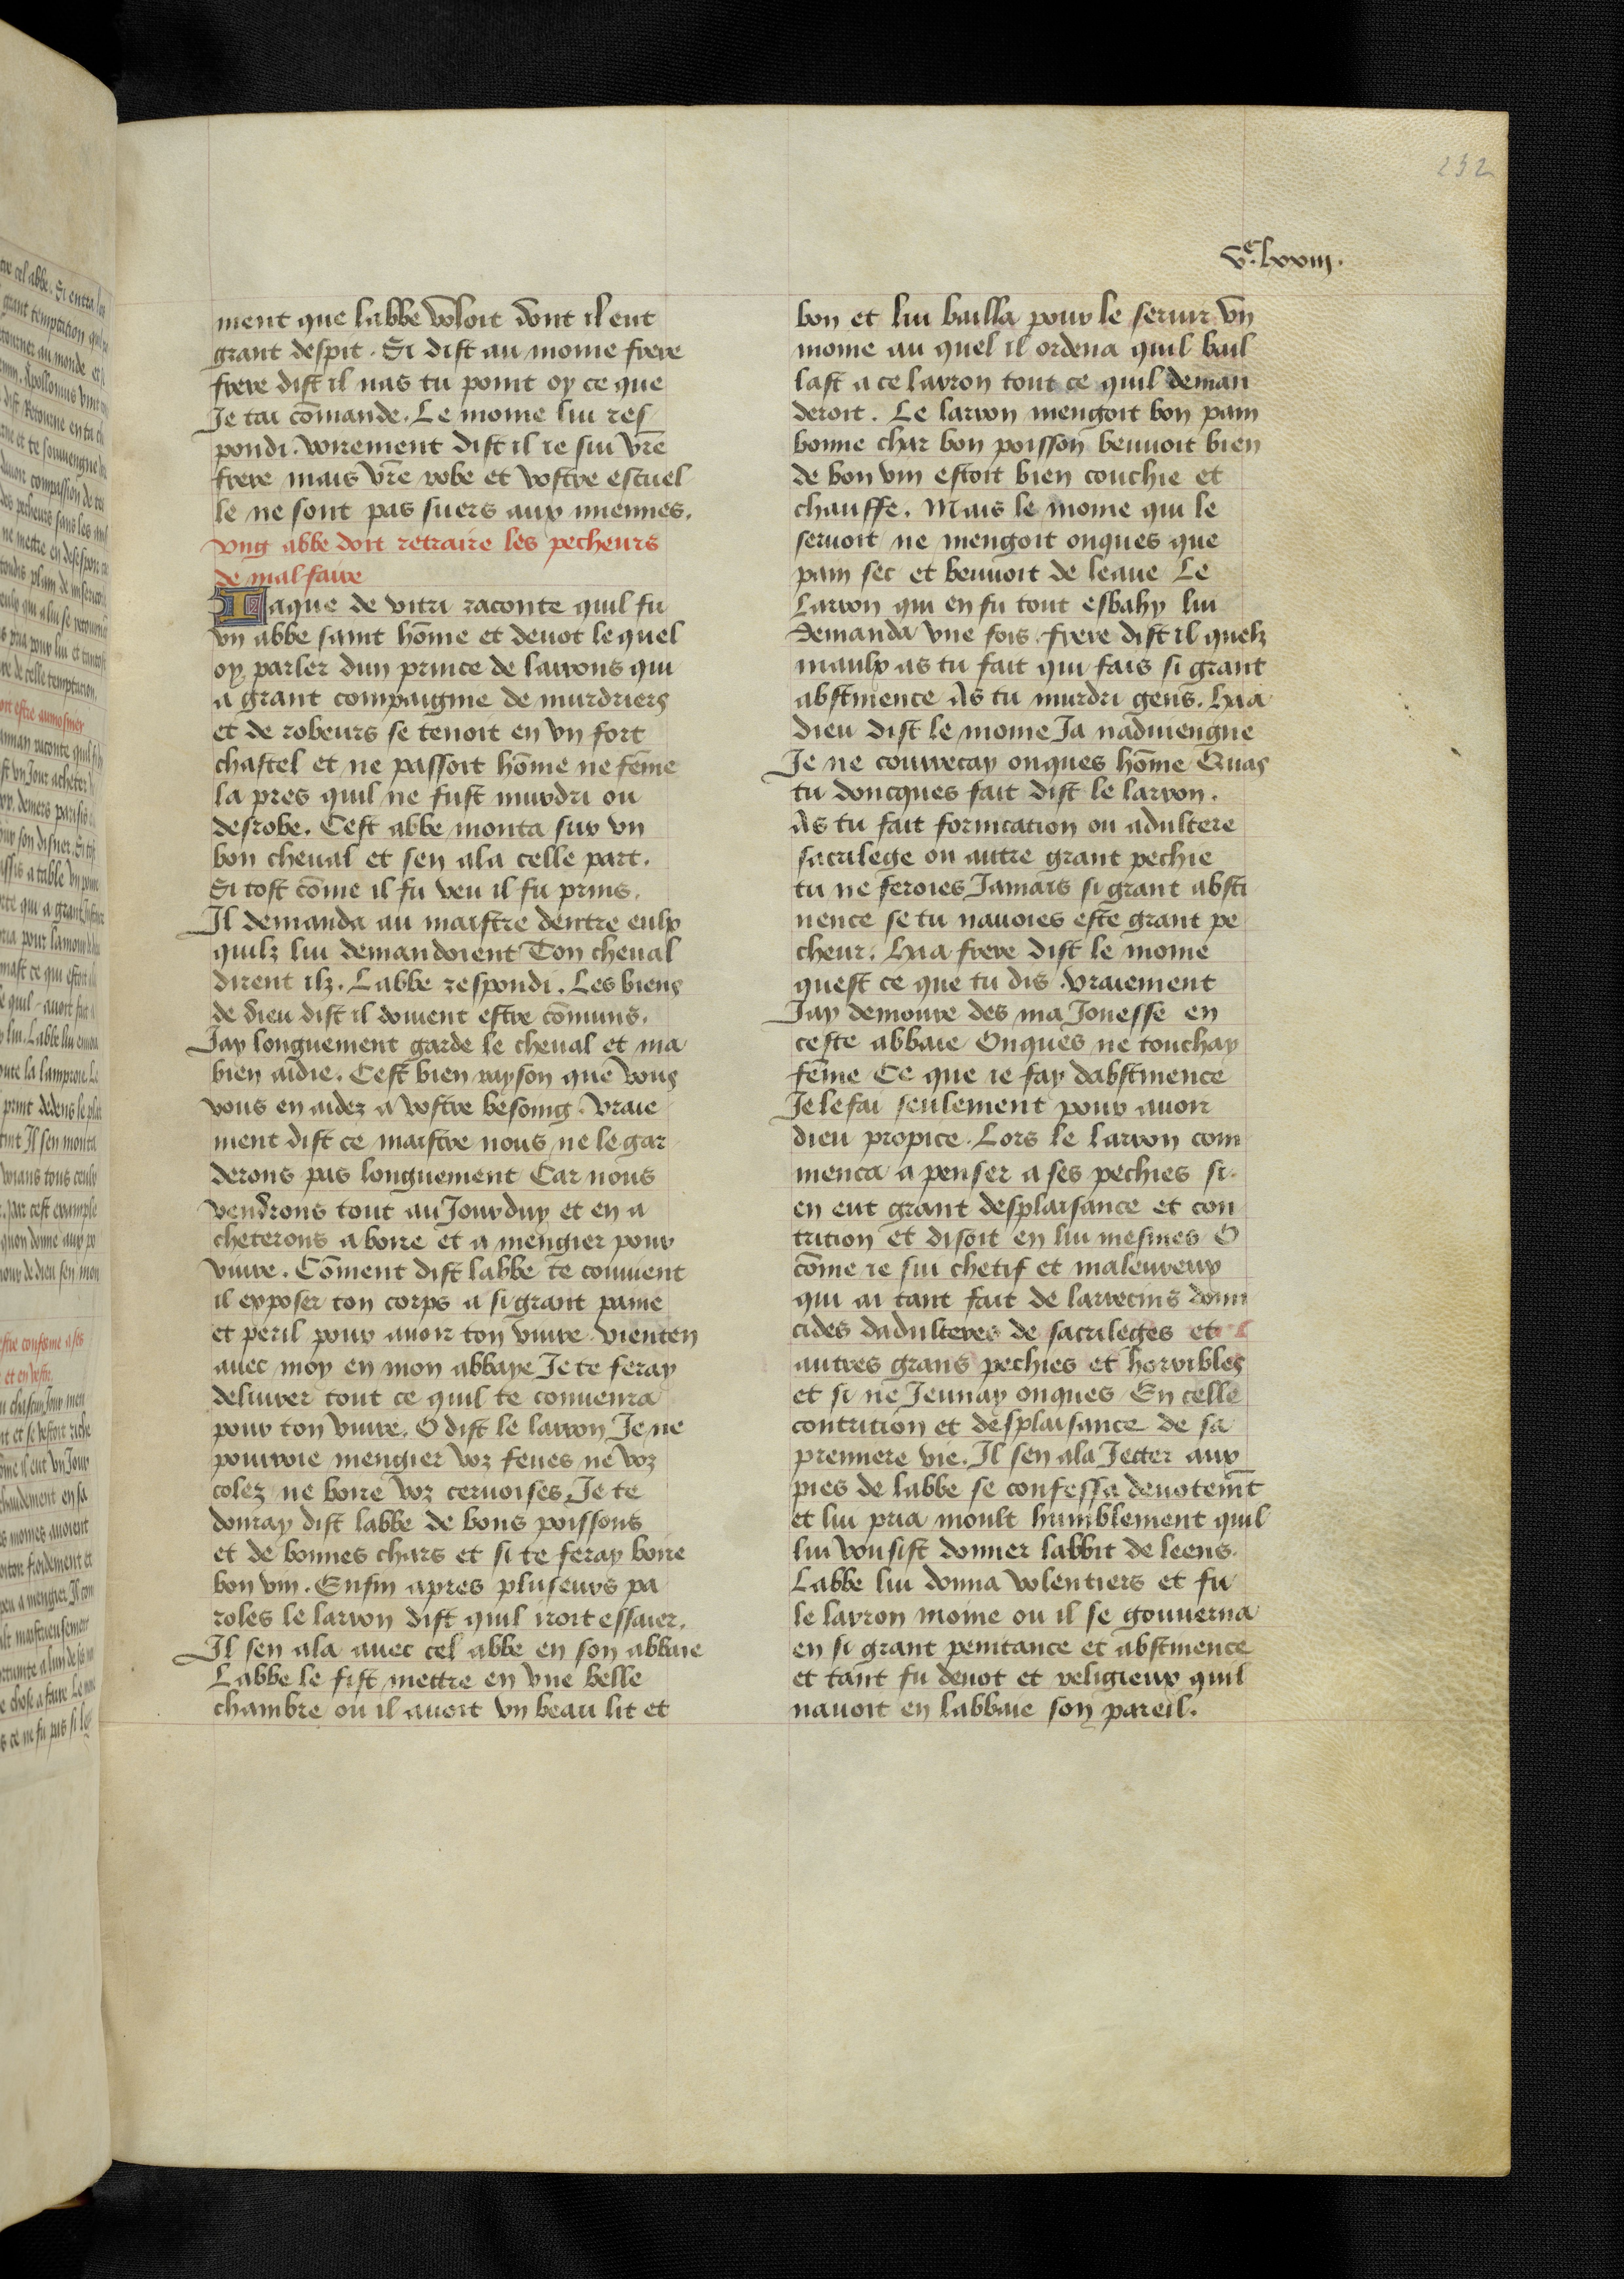
Shelfmark: Bruxelles, KBR, ms. 9232
Century: 15